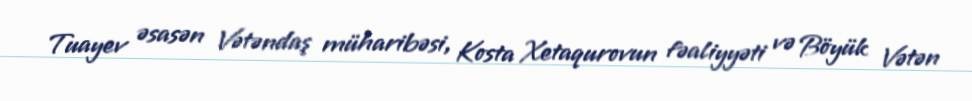
Tuayev əsasən Vətəndaş müharibəsi, Kosta Xetaqurovun fəaliyyəti və Böyük Vətən